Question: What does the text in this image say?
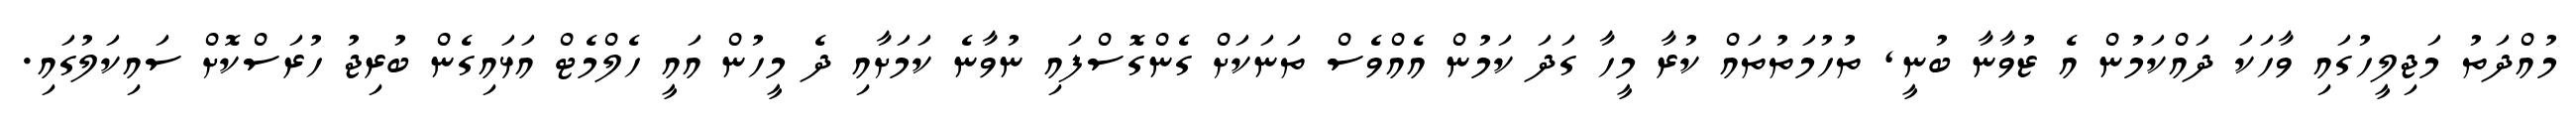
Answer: މުއްދަތު މަޖިލީހުގައި ވާހަކަ ދައްކަމުން އެ ޒުވާނާ ބުނީ, ތުހުމަތުތައް ކުރާ މީހާ ގަދަ ކަމުން އެއްވެސް ތަނަކަށް ގެންގޮސްފައި ނުވާނެ ކަމަށާއި ދެ މީހުން އައީ ހެލްމެޓް އަޅައިގެން ބުރިޖު ހުރަސްކޮށް ސައިކަލުގައި.